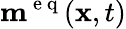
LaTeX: \mathbf{m}^{\mathrm{~e~q~}}(\mathbf{x},t)